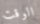
الوقت